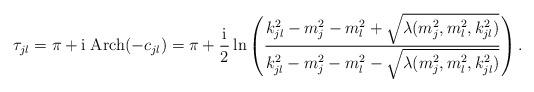
LaTeX: \begin{align*}\tau_{jl}=\pi+\mbox{i}\; \mbox{Arch}(-c_{jl})= \pi + \frac{\mbox{i}}{2}\ln\left(\frac{k_{jl}^2-m_j^2-m_l^2+\sqrt{\lambda(m_j^2,m_l^2,k_{jl}^2)}} {k_{jl}^2-m_j^2-m_l^2-\sqrt{\lambda(m_j^2,m_l^2,k_{jl}^2)}}\right) .\end{align*}